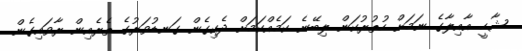
ޝާހީ އާއިލާގެ ނަމަށް ހުތުރުކަން ލިބޭނެ ކަމެއްކަމަށް ދެކިގެން ގަނޑުވަރުގެ ތެރެއިން ރާވައިގެން